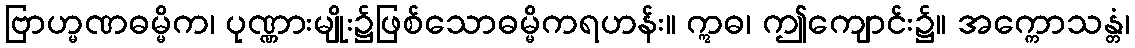
ဗြာဟ္မဏဓမ္မိက၊ ပုဏ္ဏားမျိုး၌ဖြစ်သောဓမ္မိကရဟန်း။ ဣဓ၊ ဤကျောင်း၌။ အက္ကောသန္တံ၊